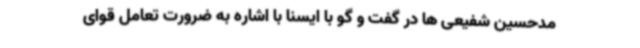
مدحسین شفیعی ها در گفت و گو با ایسنا با اشاره به ضرورت تعامل قوای